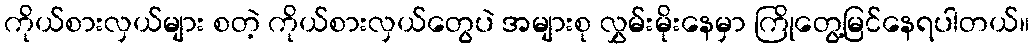
ကိုယ်စားလှယ်များ စတဲ့ ကိုယ်စားလှယ်တွေပဲ အများစု လွှမ်းမိုးနေမှာ ကြိုတွေ့မြင်နေရပါတယ်။